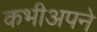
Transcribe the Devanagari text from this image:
कभीअपने